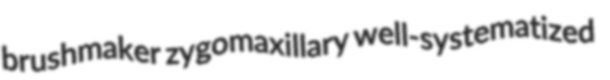
brushmaker zygomaxillary well-systematized